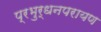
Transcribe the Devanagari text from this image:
प्रभुर्धनपरायण